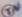
TM